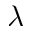
\lambda